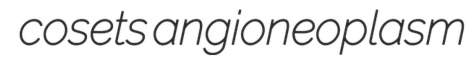
cosets angioneoplasm